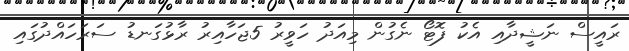
ރައީސް ނަޝީދާއި އެކު ފޮޓޯ ނެގުން މިއަދު ހަވީރު 5ޖަހާއިރު ރާޅުގަނޑު ސަރަހައްދުގައި